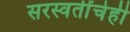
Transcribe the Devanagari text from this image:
सरस्वतींचेही